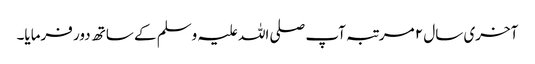
آخری سال ۲ مرتبہ آپ صلی اللہ علیہ وسلم کے ساتھ دور فرمایا۔